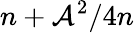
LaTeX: n+\mathcal{A}^{2}/4n